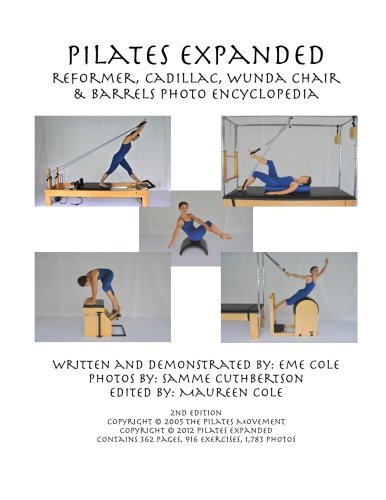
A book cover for Pilates Expanded Reformer, Cadillac, Wunda Chair & Barrels Photo Encyclopedia; Eme Cole; Health, Fitness & Dieting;